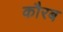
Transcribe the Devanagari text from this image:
कौरब